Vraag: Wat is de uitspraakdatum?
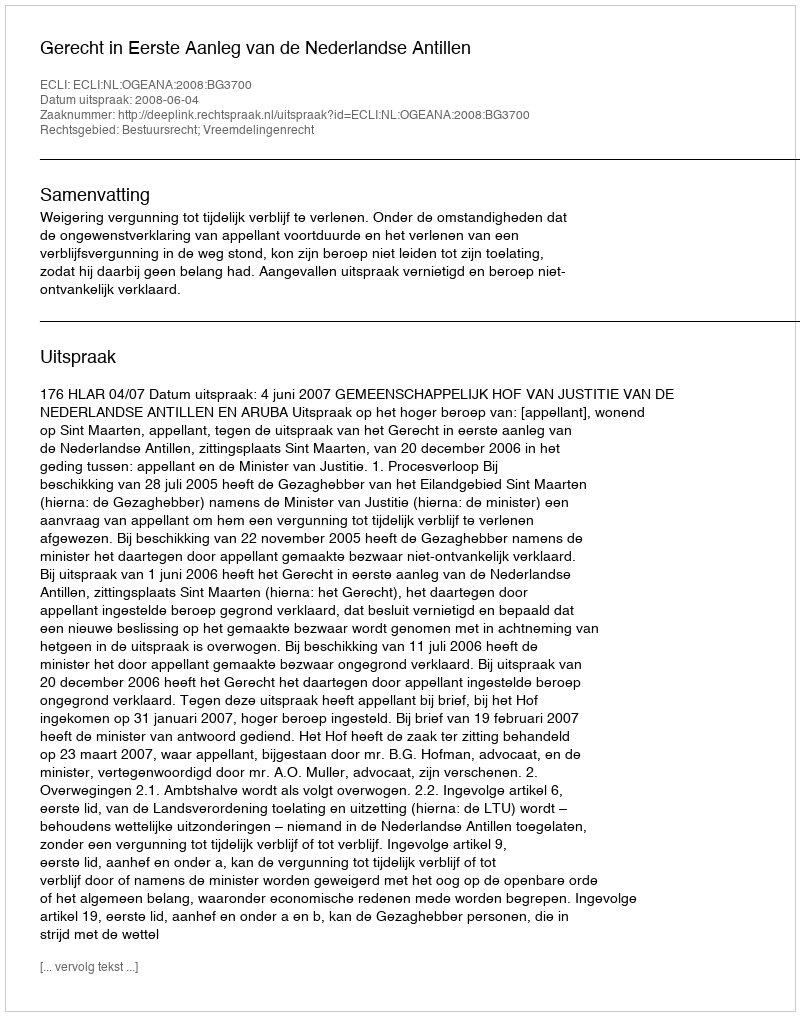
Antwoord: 2008-06-04